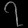
Digit: ၇